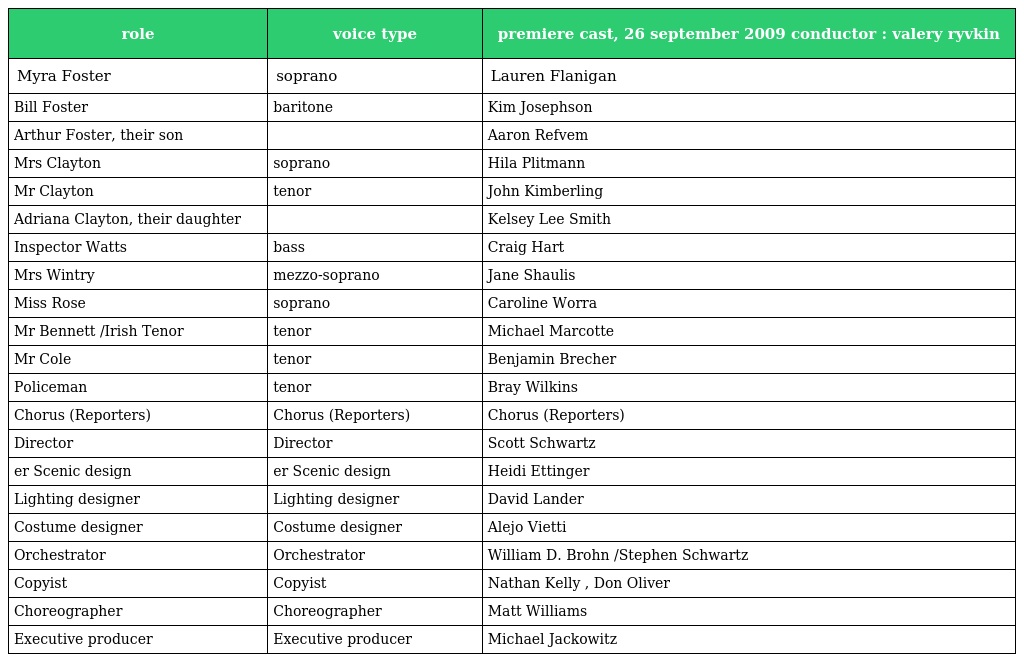
| role | voice type | premiere cast, 26 september 2009 conductor : valery ryvkin |
 | --- | --- | --- |
 | Myra Foster | soprano | Lauren Flanigan |
 | Bill Foster | baritone | Kim Josephson |
 | Arthur Foster, their son |  | Aaron Refvem |
 | Mrs Clayton | soprano | Hila Plitmann |
 | Mr Clayton | tenor | John Kimberling |
 | Adriana Clayton, their daughter |  | Kelsey Lee Smith |
 | Inspector Watts | bass | Craig Hart |
 | Mrs Wintry | mezzo-soprano | Jane Shaulis |
 | Miss Rose | soprano | Caroline Worra |
 | Mr Bennett /Irish Tenor | tenor | Michael Marcotte |
 | Mr Cole | tenor | Benjamin Brecher |
 | Policeman | tenor | Bray Wilkins |
 | Chorus (Reporters) | Chorus (Reporters) | Chorus (Reporters) |
 | Director | Director | Scott Schwartz |
 | er Scenic design | er Scenic design | Heidi Ettinger |
 | Lighting designer | Lighting designer | David Lander |
 | Costume designer | Costume designer | Alejo Vietti |
 | Orchestrator | Orchestrator | William D. Brohn /Stephen Schwartz |
 | Copyist | Copyist | Nathan Kelly , Don Oliver |
 | Choreographer | Choreographer | Matt Williams |
 | Executive producer | Executive producer | Michael Jackowitz |